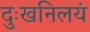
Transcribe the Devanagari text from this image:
दुःखनिलयं